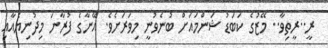
ރީ..ރީތިވާ.. މޭޒުގެ ކަބަޑު ޝަންމައަށް ބުނެވުނީ މިވަރަށެވެ. އޭނާގެ ފުރާނަ މިދުނިޔެއާއި